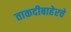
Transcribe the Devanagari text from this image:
ताकदीबाहेरचे